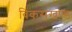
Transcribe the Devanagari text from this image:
विकसखण्ड